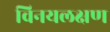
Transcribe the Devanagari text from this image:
विनयलक्षण